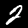
Digit: 2